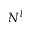
N ^ { l }